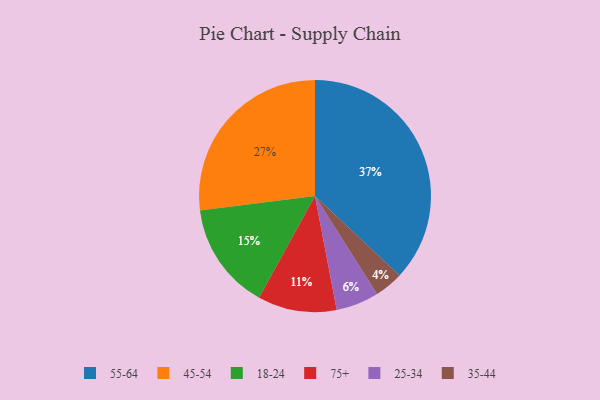
{"axis": {"x": "Category", "y": "Percentage"}, "legend": ["18-24", "25-34", "35-44", "45-54", "55-64", "75+"], "data": [{"x": "25-34", "y": 6, "type": "25-34"}, {"x": "45-54", "y": 27, "type": "45-54"}, {"x": "55-64", "y": 37, "type": "55-64"}, {"x": "35-44", "y": 4, "type": "35-44"}, {"x": "75+", "y": 11, "type": "75+"}, {"x": "18-24", "y": 15, "type": "18-24"}]}